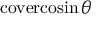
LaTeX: \operatorname { c o v e r c o s i n } \theta